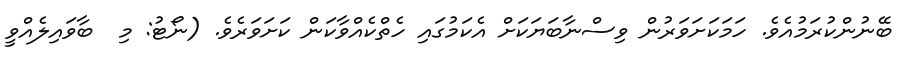
ބޭނުންކުރަމުއެވެ. ހަމަކަށަވަރުން ވިސްނާބަޔަކަށް އެކަމުގައި ހެތްކެއްވާކަން ކަށަވަރެވެ. (ނޯޓު: މި  ބާވައިލެއްވީ